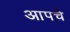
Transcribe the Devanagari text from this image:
आपचे